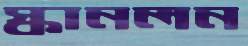
স্কানলন